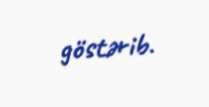
göstərib.